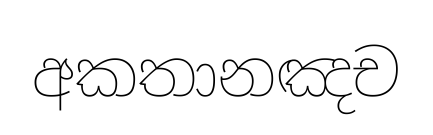
අකතානඤච